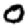
Digit: 0